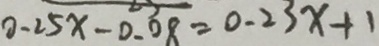
0 - 2 5 x - 0 . 0 8 = 0 . 2 3 x + 1